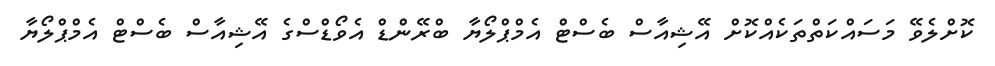
ކޮށްލެވޭ މަސައްކަތްތަކެއްކޮށް އޭޝިއާސް ބެސްޓް އެމްޕްލޯޔާ ބްރޭންޑް އެވޯޑްސްގެ އޭޝިއާސް ބެސްޓް އެމްޕްލޯޔާ